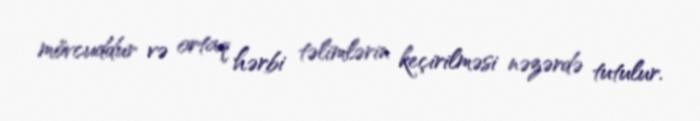
mövcuddur və ortaq hərbi təlimlərin keçirilməsi nəzərdə tutulur.